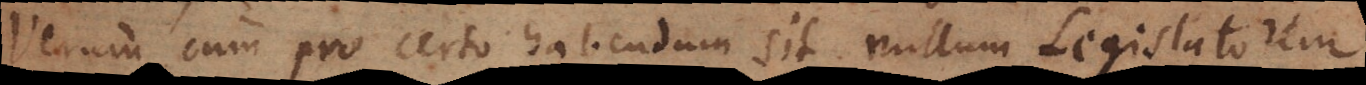
Verum cum pro certo habendum sit nullum Legislatorem